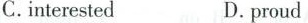
C.interested D.proud